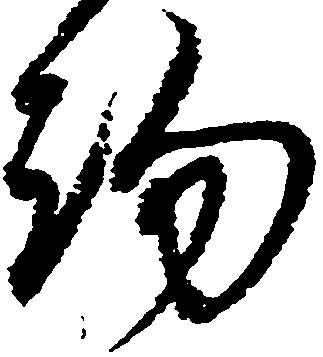
約